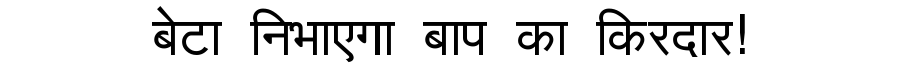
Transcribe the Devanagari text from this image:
बेटा निभाएगा बाप का किरदार!